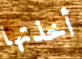
أخذتها